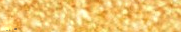
Public Restroom